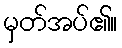
မှတ်အပ်၏။